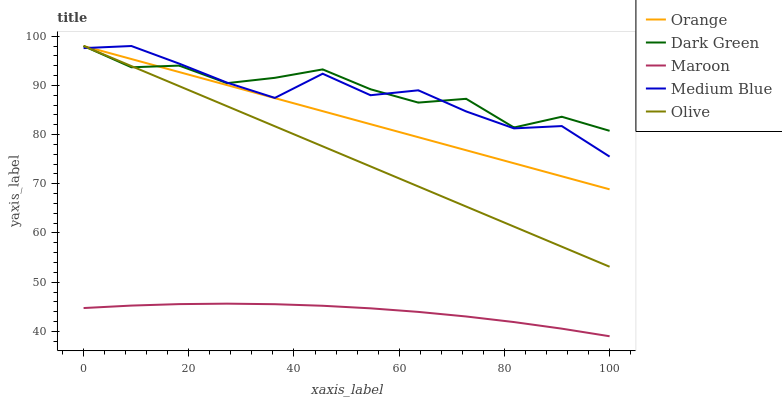
| xaxis_label | Orange | Dark Green | Maroon | Medium Blue | Olive |
 | --- | --- | --- | --- | --- | --- |
 | 0 | 98 | 98 | 44.7 | 97.6 | 98 |
 | 9.09 | 95.4 | 93.7 | 45.2 | 98 | 93.9 |
 | 18.2 | 92.7 | 94 | 45.5 | 94.4 | 89.8 |
 | 27.3 | 90.1 | 90.5 | 45.6 | 90.6 | 85.8 |
 | 36.4 | 87.4 | 91.5 | 45.5 | 87.5 | 81.7 |
 | 45.5 | 84.8 | 93.2 | 45.2 | 92.4 | 77.6 |
 | 54.5 | 82.1 | 89.2 | 44.7 | 88 | 73.5 |
 | 63.6 | 79.5 | 86.5 | 44 | 89 | 69.5 |
 | 72.7 | 76.8 | 87.3 | 43 | 84.7 | 65.4 |
 | 81.8 | 74.2 | 81.4 | 41.9 | 81.3 | 61.3 |
 | 90.9 | 71.5 | 83.6 | 40.6 | 81.7 | 57.2 |
 | 100 | 68.9 | 80.8 | 39 | 75.5 | 53.1 |